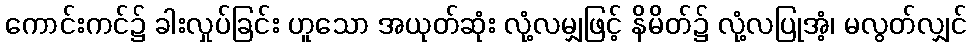
ကောင်းကင်၌ ခါးလှုပ်ခြင်း ဟူသော အယုတ်ဆုံး လုံ့လမျှဖြင့် နိမိတ်၌ လုံ့လပြုအံ့၊ မလွတ်လျှင်